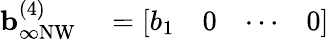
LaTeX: \begin{array}{rl}{\mathbf{b}_{\infty\mathrm{NW}}^{(4)}}&{{}=\left[\begin{array}{llll}{b_{1}}&{0}&{\cdots}&{0}\end{array}\right]}\end{array}